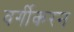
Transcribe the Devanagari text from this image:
वर्गीकरन